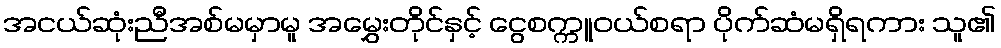
အငယ်ဆုံးညီအစ်မမှာမူ အမွှေးတိုင်နှင့် ငွေစက္ကူဝယ်စရာ ပိုက်ဆံမရှိရကား သူ၏